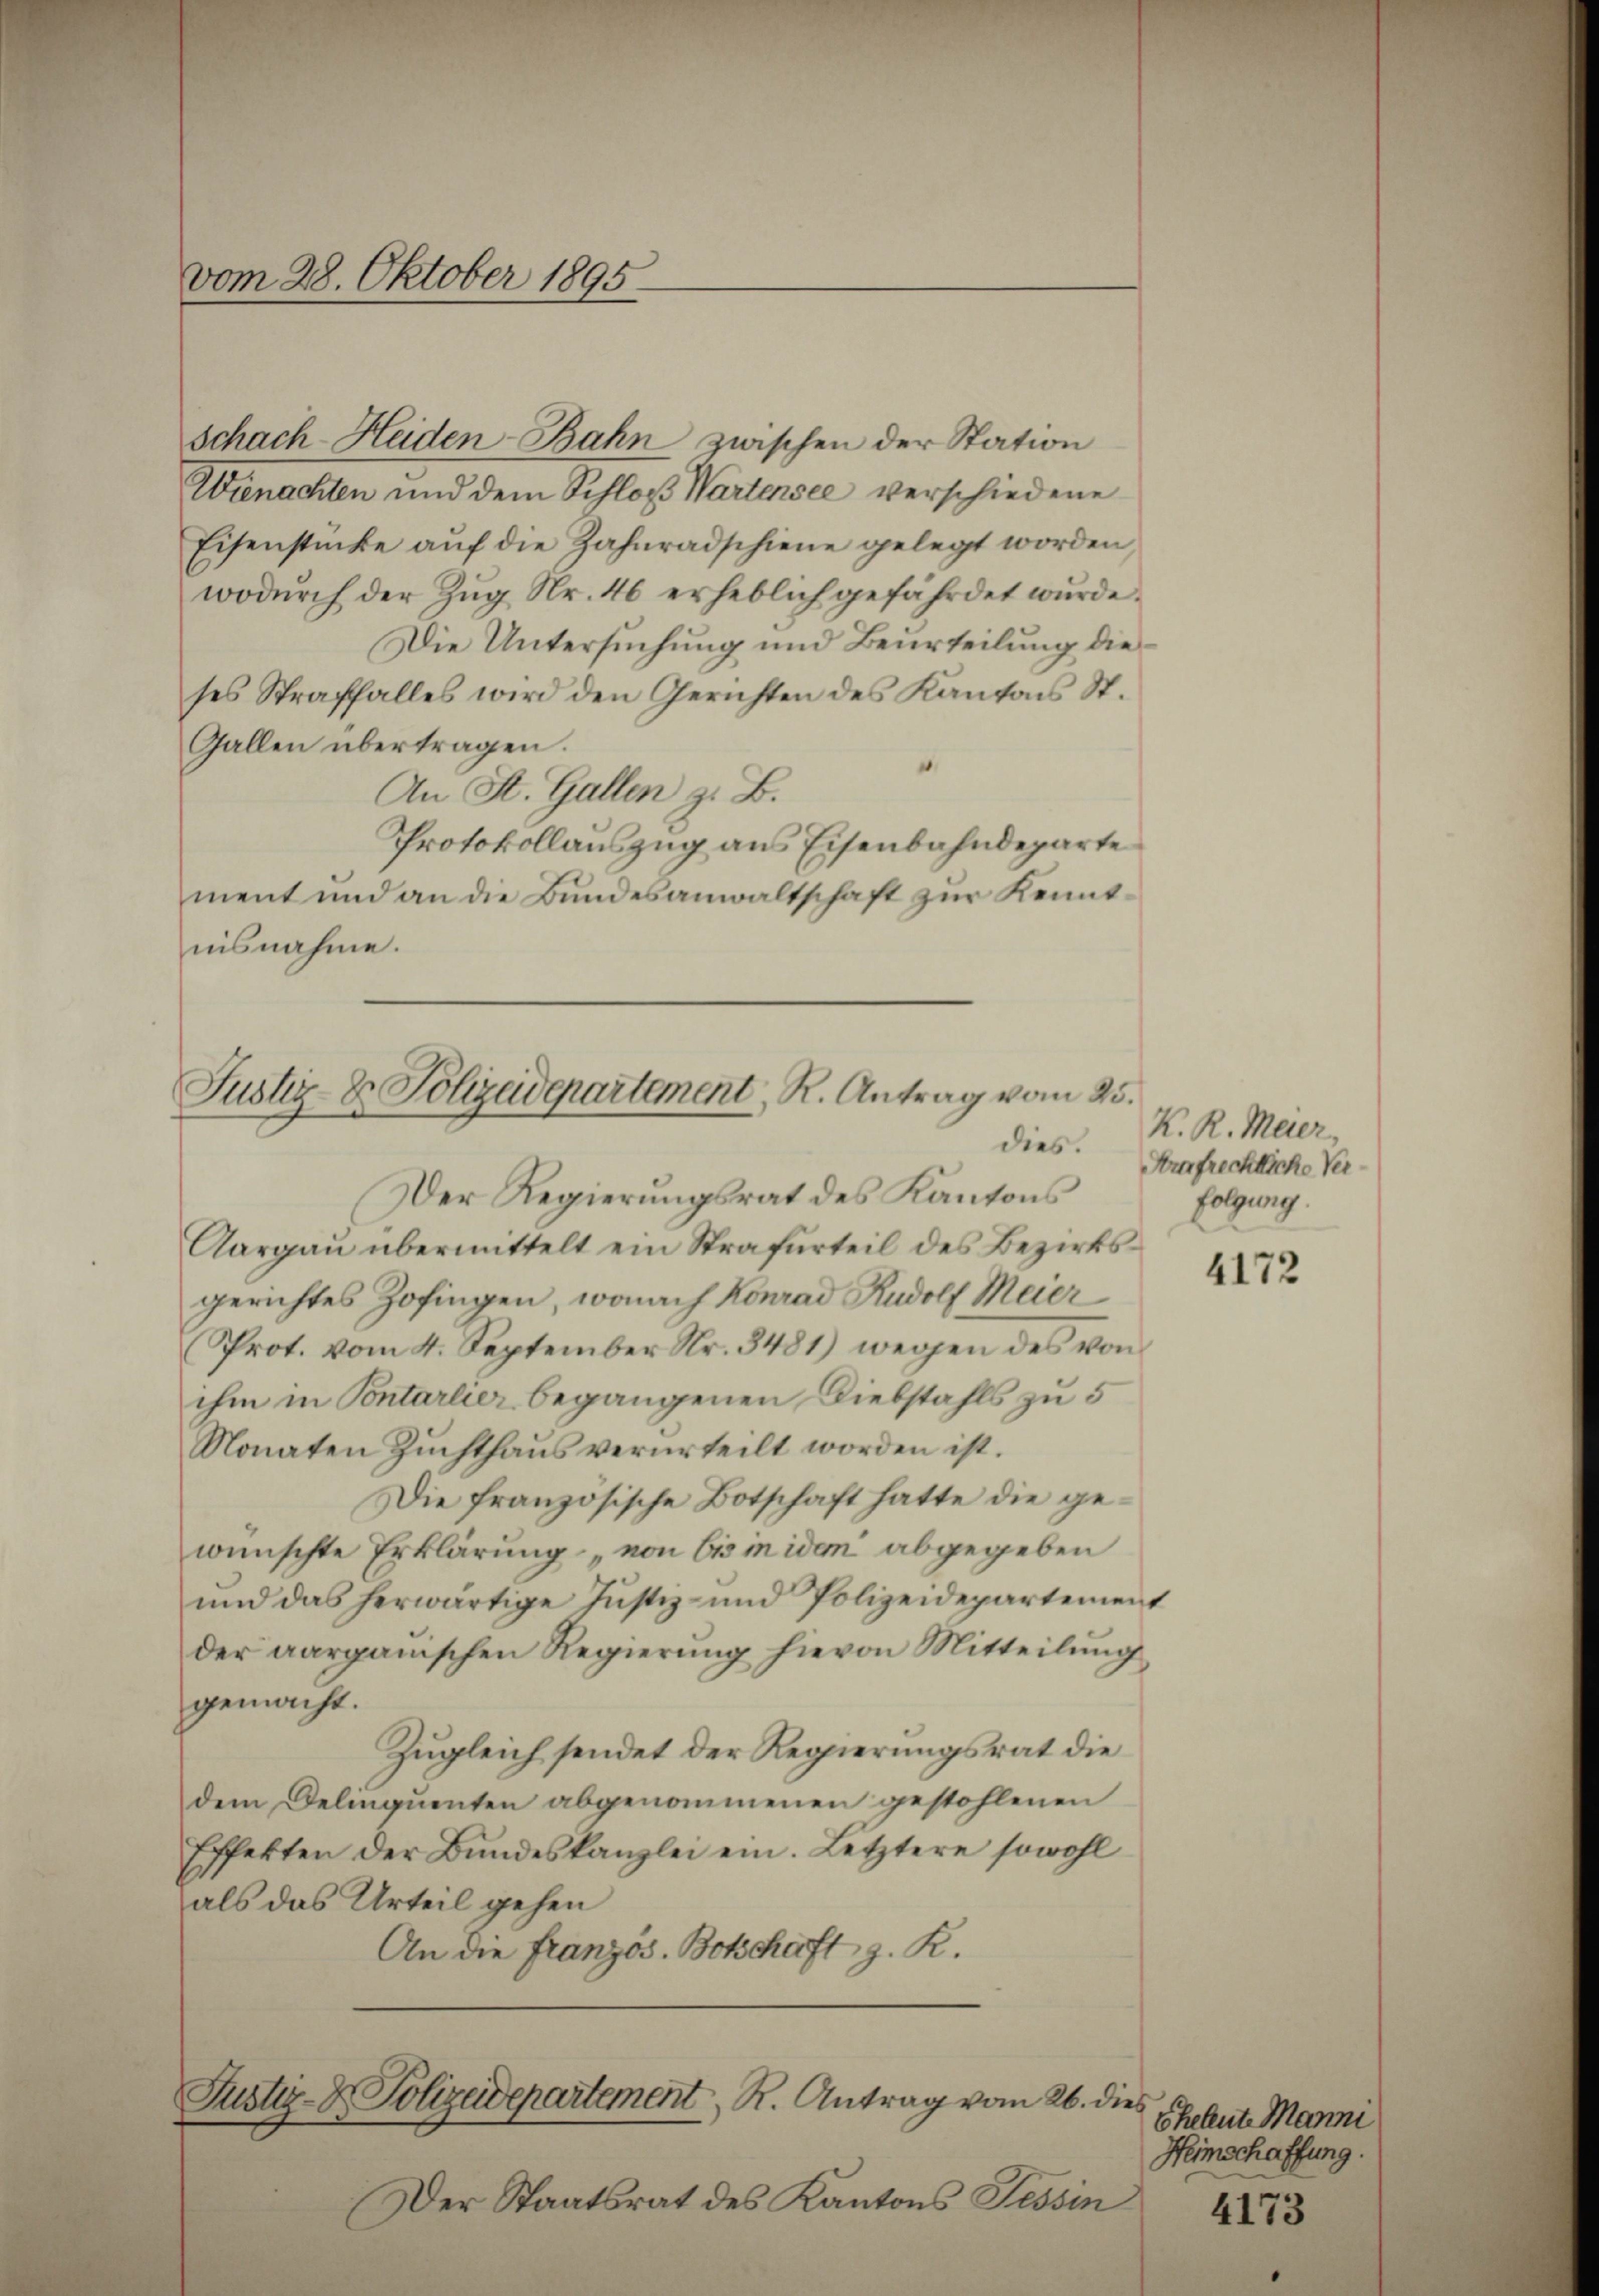
vom 28. Oktober 1895.

Schach-Heiden-Bahn zwischen der Station
Wienachten und dem Schloß Wartensee verschiedene
Eisenstücke aŭf die Zahnradschiene gelegt worden,
wodŭrch der Zŭg Nr. 46 erheblich gefährdet wŭrde.
Die Untersuchung und Beurteilung dieses Straffalles wird den Gerichten des Kantons St.
Gallen übertragen.
An St. Gallen z. B.
Protokollauszug aus Eisenbahndeparte
ment und an die Bundesanwaltschaft zur Kenntnisnahme.

Justiz- & Polizeidepartement, R. Antrag vom 25.
dies.

Der Regierungsrat des Kantons
Aargaŭ übermittelt ein Strafurteil des Bezirksgerichtes Zofingen, wonach Konrad Rudolf Meier
Prot. vom 4. September Nr. 3481) wegen des von
ihm in Pontarlier begangenen Diebstahls zu 5
Monaten Zuchthaŭs verurteilt worden ist.
Die französische Botschaft hatte die gewünschte Erklärung „von bis in idem abgegeben
und das herwärtige Justiz- und Polizeidepartement
der aarganischen Regierŭng hievon Mitteilŭng
gemacht.
Zugleich sendet der Regierungsrat die
dem Deliquenten abgenommenen gestohlenen
Effekten der Bundeskanzlei ein. Letztere sowohl
als das Urteil gehen
An die Französ. Botschaft z. R.

Justiz- & Polizeidepartement, R. Antrag vom 26. dies

Der Staatsrat des Kantons Tessin

K. R. Meier,
Arafrechtliche Ver
folgung.

4172

Eheleute Manni
Heimschaffung.

4173